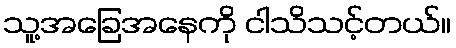
သူ့အခြေအနေကို ငါသိသင့်တယ်။